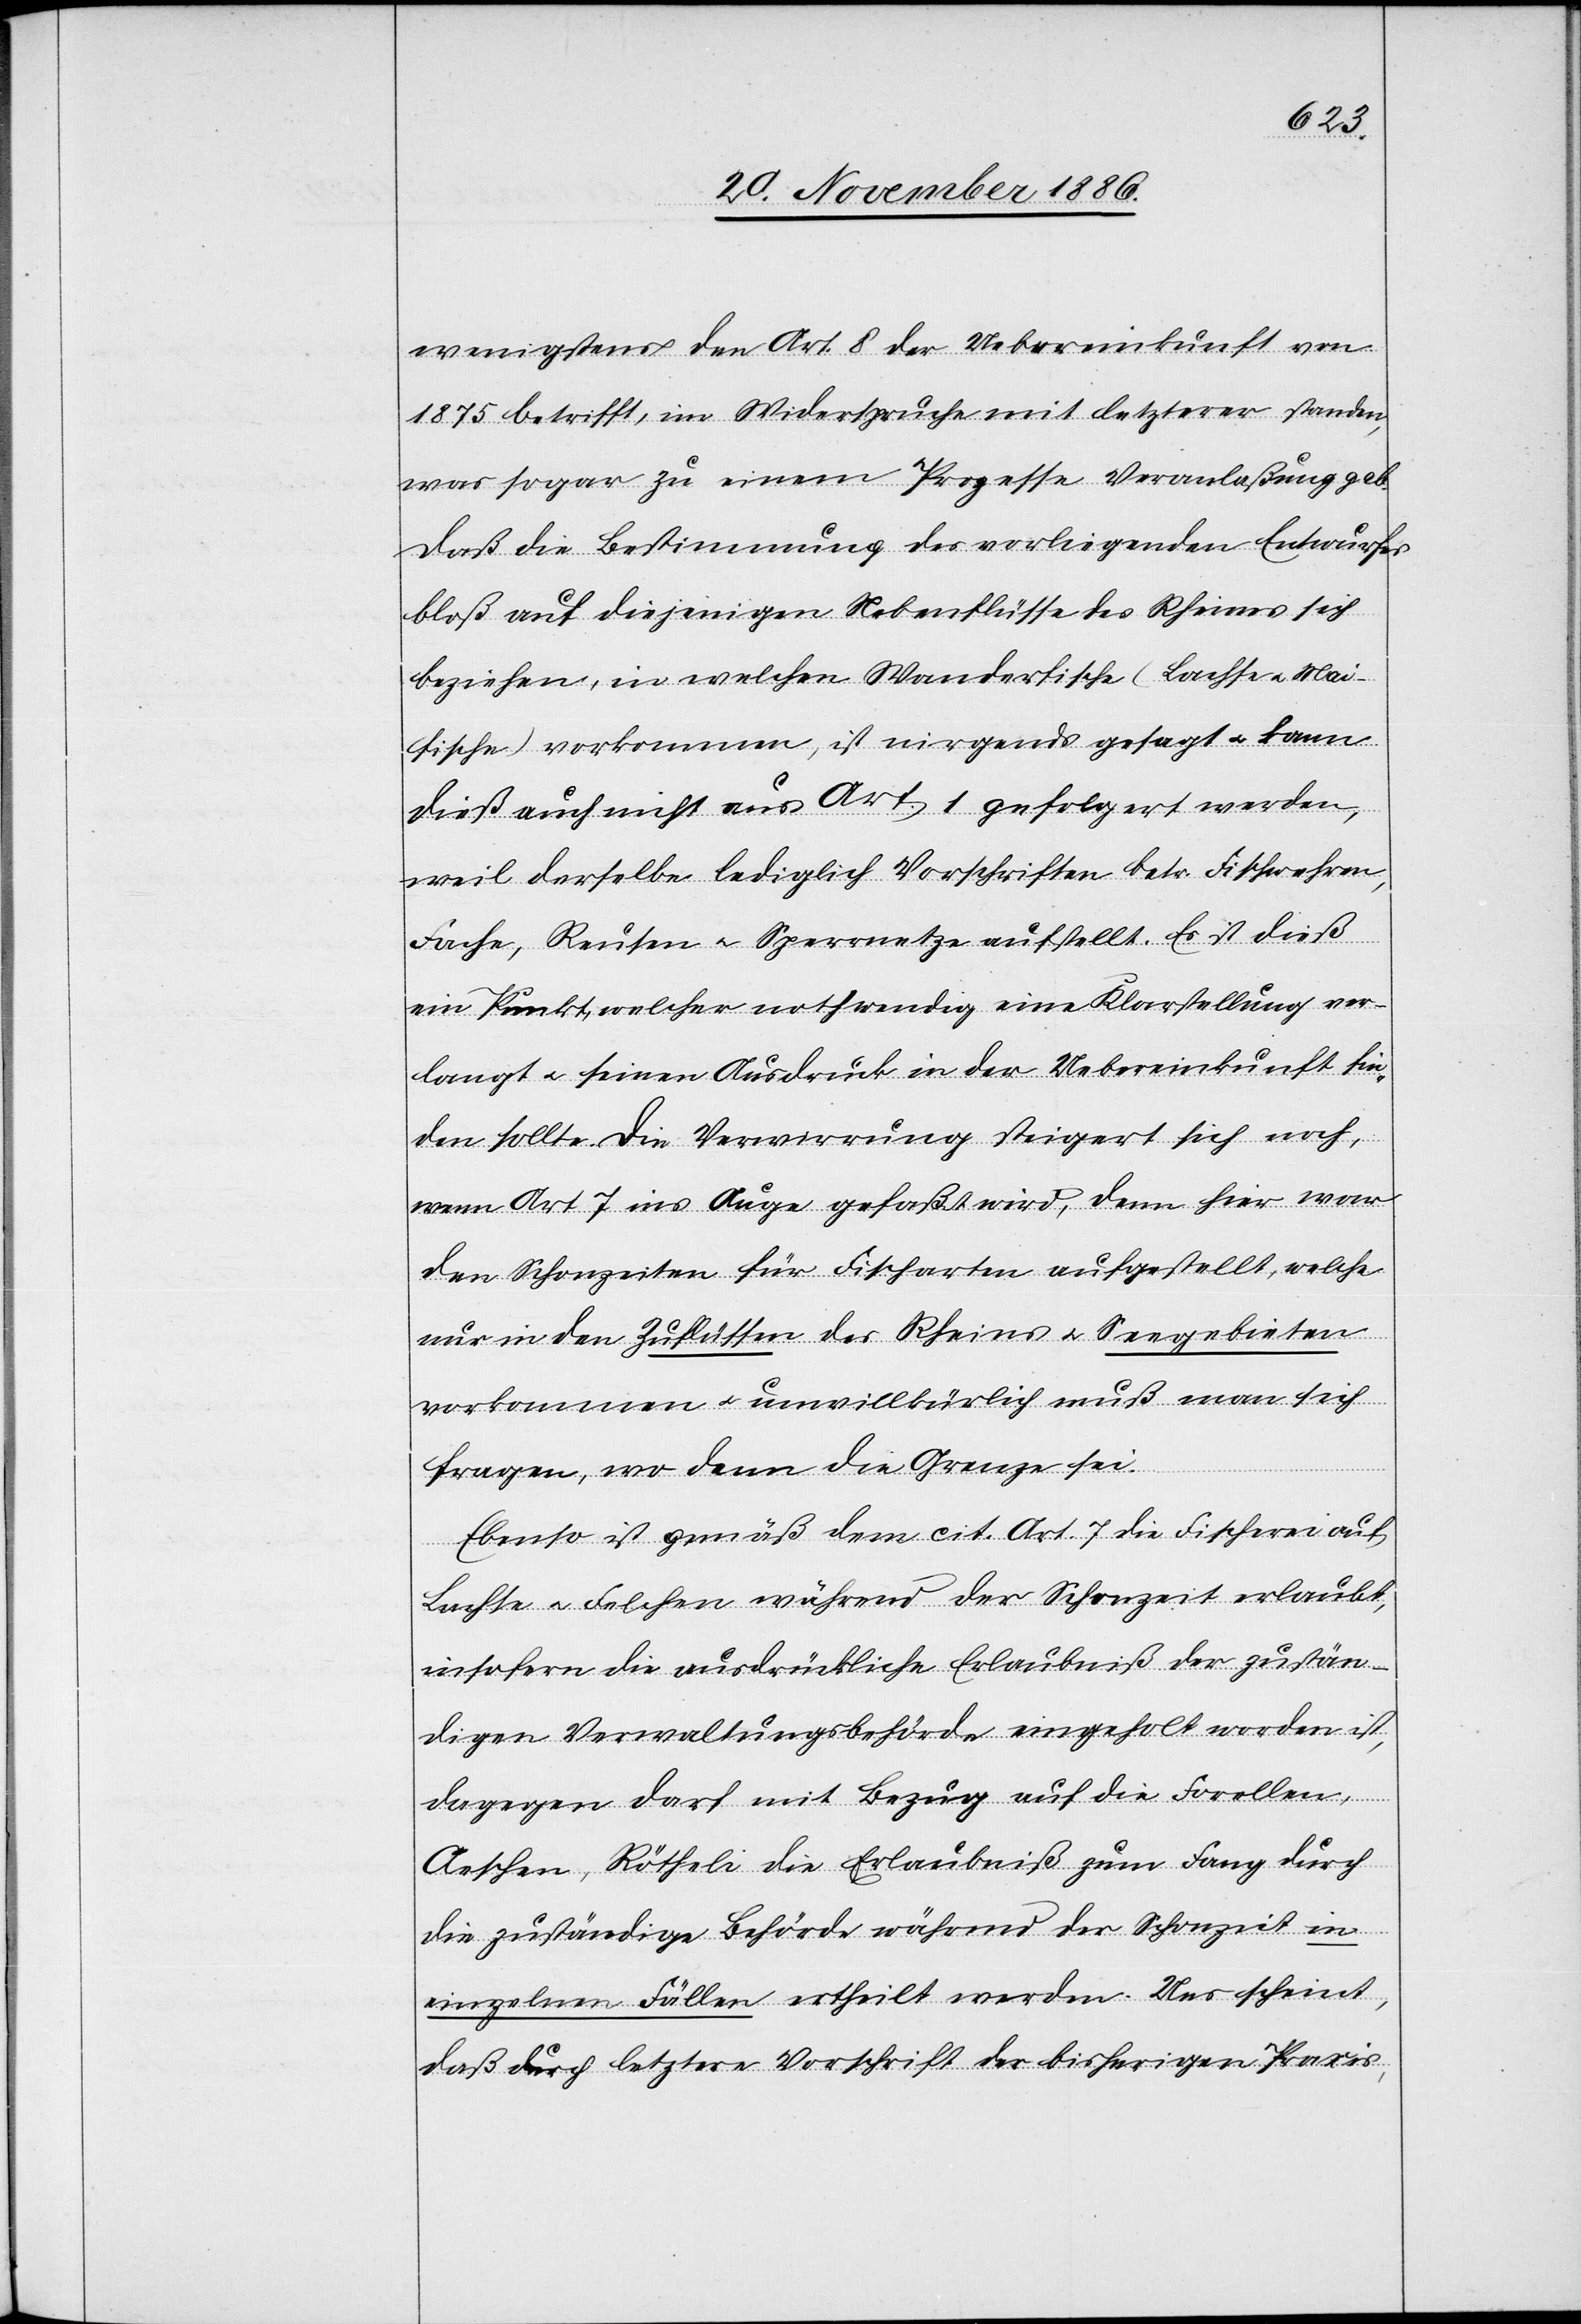
wenigstens den Art. 8 der Uebereinkunft von
1875 betrifft, im Widerspruche mit letzterer standen,
was sogar zu einem Prozesse Veranlaßung gab.
Daß die Bestimmung des vorliegenden Entwurfes
bloß auf diejenigen Nebenflüsse des Rheines sich
beziehen, in welchen Wanderfische (Lachse & Mai¬
fische) vorkommen, ist nirgends gesagt & kann
dieß auch nicht aus Art. 1 gefolgert werden,
weil derselbe lediglich Vorschriften betr. Fischwehren,
Fache, Reusen & Sperrnetze aufstellt. Es ist dieß
ein Punkt, welcher nothwendig eine Klarstellung ver¬
langt & seinen Ausdruck in der Uebereinkunft fin¬
den sollte. Die Verwirrung steigert sich noch,
wenn Art. 7 ins Auge gefaßt wird, denn hier war
den Schonzeiten für Fischarten aufgestellt [sic!],
nur in den Zuflüssen des Rheins & Seegebieten
vorkommen & unwillkürlich muß man sich
fragen, wo denn die Grenze sei.
Ebenso ist gemäß dem cit. Art. 7 die Fischerei auf
Lachse & Felchen während der Schonzeit erlaubt,
insofern die ausdrückliche Erlaubniß der zustän¬
digen Verwaltungsbehörde eingeholt worden ist,
dagegen darf mit Bezug auf die Forellen,
Aeschen, Rötheli die Erlaubniß zum Fang durch
die zuständige Behörde während der Schonzeit in
einzelnen Fällen ertheilt werden. Uns scheint,
daß durch letztere Vorschrift der bisherigen Praxis,